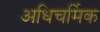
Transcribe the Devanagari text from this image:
अधिचर्मिक